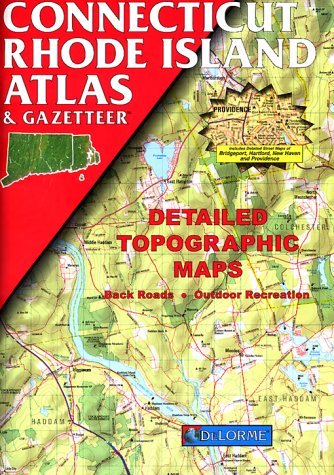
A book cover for Connecticut Rhode Island Atlas & Gazetteer; DeLorme Publishing Company; Travel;